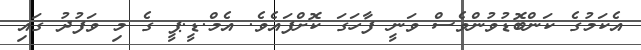
އެކަމުގެ ކަންބޮޑުވުންވެސް ވަނީ ފާހަގަ ކޮށްފައެވެ. އެމް.ޑީ.ޕީ ގެ މި ވަފުދު ގައި